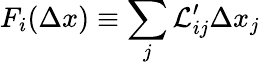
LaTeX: F_{i}(\Delta x)\equiv\sum_{j}\mathcal{L}_{ij}^{\prime}\Delta x_{j}